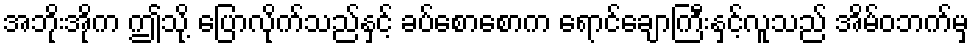
အဘိုးအိုက ဤသို့ ပြောလိုက်သည်နှင့် ခပ်စောစောက ရောင်ချောကြီးနှင့်လူသည် အိမ်ဝဘက်မှ